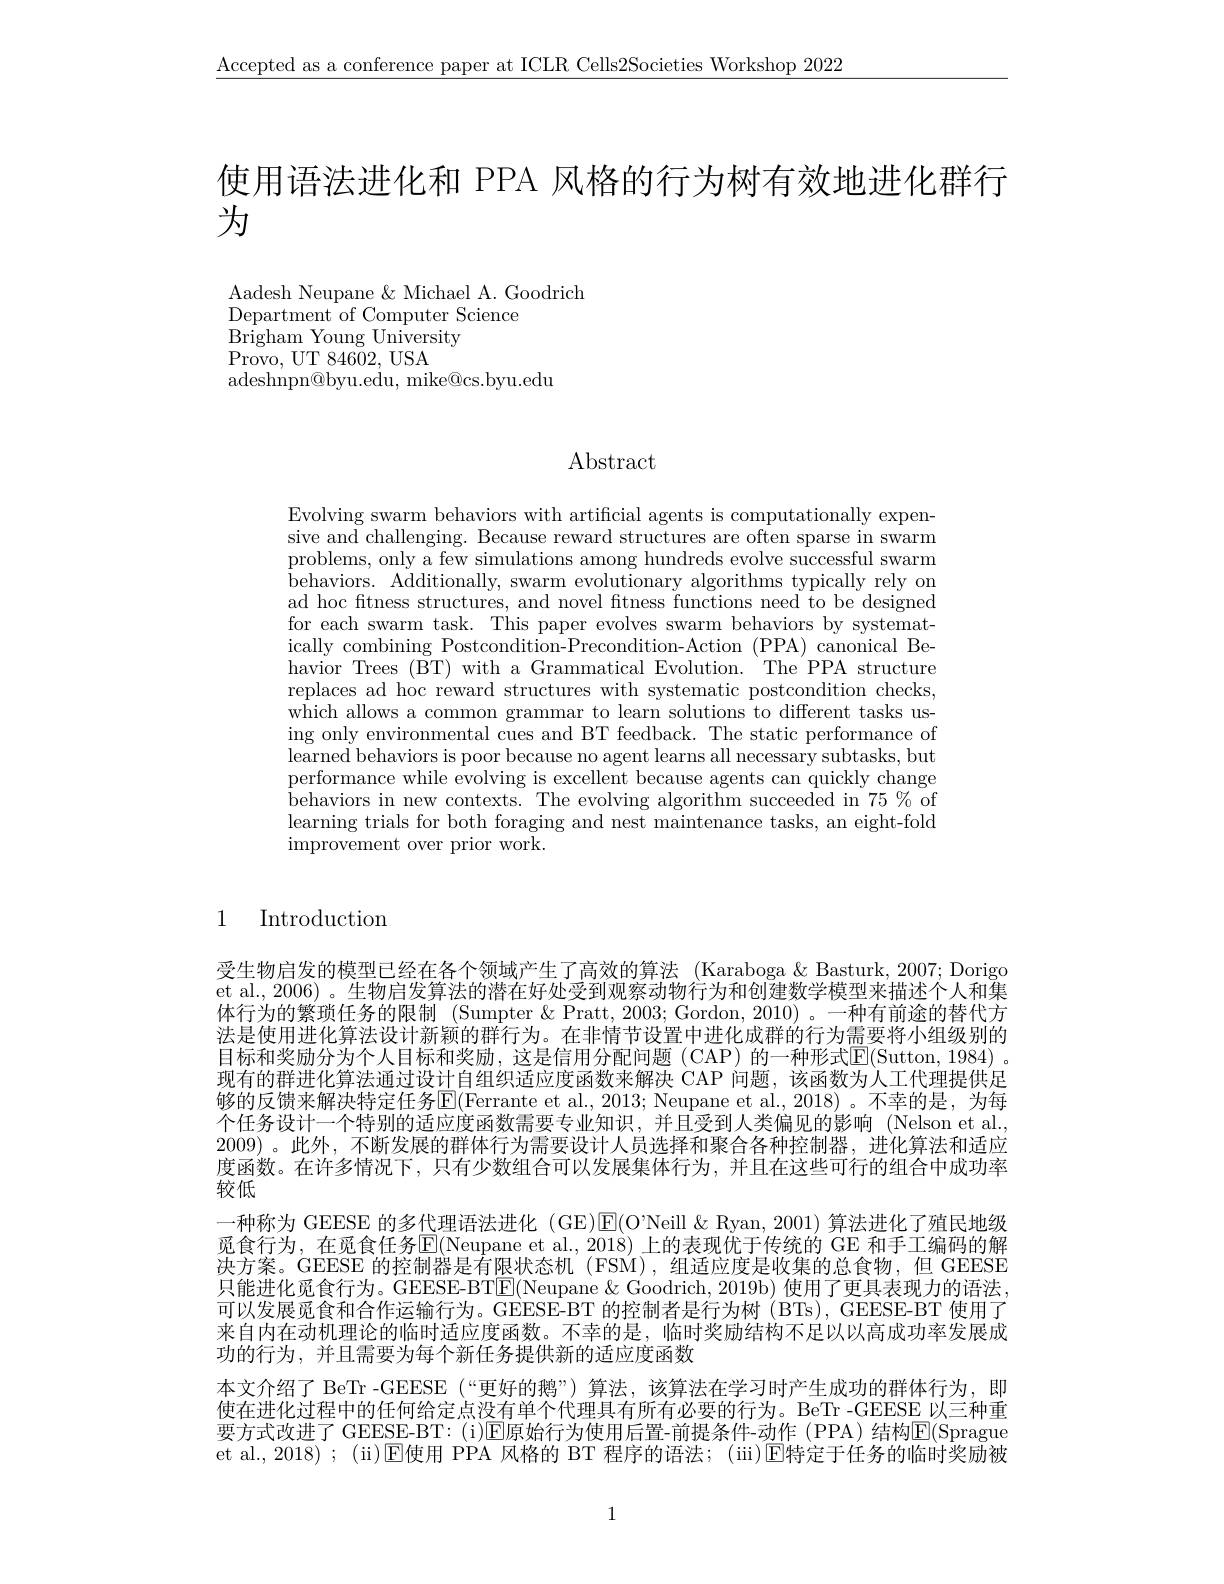
$\underline{\text{Accepted as a conference paper at ICLR Cells2Societies Workshop 2022}}$

使用语法进化和 PPA 风格的行为树有效地进化群行
为

Aadesh Neupane & Michael A. Goodrich
Department of Computer Science
$\bar{\mathrm{Brigham~Young~University}}$
$\bar{\mathrm{Provo,~UT~84602,~USA}}$
adeshnpn@byu.edu, mike@cs.byu.edu

# Abstract

Evolving swarm behaviors with artificial agents is computationally expensive and challenging. Because reward structures are often sparse in swarm problems, only a few simulations among hundreds evolve successful swarm behaviors. Additionally, swarm evolutionary algorithms typically rely on ad hoc ftness structures, and novel ftness functions need to be designed for each swarm task. This paper evolves swarm behaviors by systematically combining Postcondition-Precondition-Action (PPA) canonical Behavior Trees (BT) with a Grammatical Evolution. The'PPA structure replaces ad hoc reward structures with systematic postcondition checks, which allows a common grammar to learn solutions to different tasks using only environmental cues and BT feedback. The static performance of learned behaviors is poor because no agent learns all necessary subtasks, but performance while evolving is excellent because agents can quickly change behaviors in new contexts. The evolving algorithm succeeded in 75 $\%$ of learning trials for both foraging and nest maintenance tasks, an eight-fold improvement over prior work.

# 1 Introduction

受生物启发的模型已经在各个领域产生了高效的算法 (Karaboga &Basturk,2007; Dorigo et al., 2006) 。生物启发算法的潜在好处受到观察动物行为和创建数学模型来描述个人和集体行为的繁琐任务的限制 (Sumpter & Pratt, 2003; Gordon, 2010) 。一种有前途的替代方法是使用进化算法设计新颖的群行为。在非情节设置中进化成群的行为需要将小组级别的目标和奖励分为个人目标和奖励，这是信用分配问题(CAP)的一种形式$\overline{\mathrm{E}}($Sutton,1984)。现有的群进化算法通过设计自组织适应度函数来解决 CAP 问题，该函数为人工代理提供足够的反馈来解决特定任务$\boxed{\mathrm{E}}($Ferrante et al., 2013; Neupane et al., 2018)。不幸的是，为每个任务设计一个特别的适应度函数需要专业知识，并且受到人类偏见的影响 (Nelson et al. 2009)。此外，不断发展的群体行为需要设计人员选择和聚合各种控制器，进化算法和适应度函数。在许多情况下，只有少数组合可以发展集体行为，并且在这些可行的组合中成功率较低
一种称为 GEESE 的多代理语法进化 (GE)$\mathsf{E}($O'Neill&Ryan,2001)算法进化了殖民地级觅食行为，在觅食任务E(Neupane et al., 2018) 上的表现优于传统的 GE 和手工编码的解决方案。GEESE 的控制器是有限状态机 (FSM),组适应度是收集的总食物，但 GEESE 只能进化觅食行为。GEESE-BT$\underline{\mathrm{E}}($Neupane & Goodrich, 2019b) 使用了更具表现力的语法， 可以发展觅食和合作运输行为。GEESE-BT 的控制者是行为树 (BTs), GEESE-BT 使用了来自内在动机理论的临时适应度函数。不幸的是，临时奖励结构不足以以高成功率发展成功的行为，并且需要为每个新任务提供新的适应度函数
本文介绍了 BeTr -GEESE (“更好的鹅”) 算法，该算法在学习时产生成功的群体行为，即使在进化过程中的任何给定点没有单个代理具有所有必要的行为。BeTr -GEESE 以三种重要方式改进了 GEESE-BT: (i)$\overline{\mathrm{E}}$原始行为使用后置-前提条件-动作 (PPA)结构$\overline{\mathrm{E}}($Sprague et al., 2018) ; (ii)$\operatorname{E}$使用 PPA 风格的 BT 程序的语法；(ii)$\operatorname{E}$特定于任务的临时奖励被

1